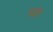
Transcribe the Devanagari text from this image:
मथेन